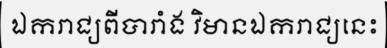
ឯករាជ្យពីបារាំង វិមានឯករាជ្យនេះ